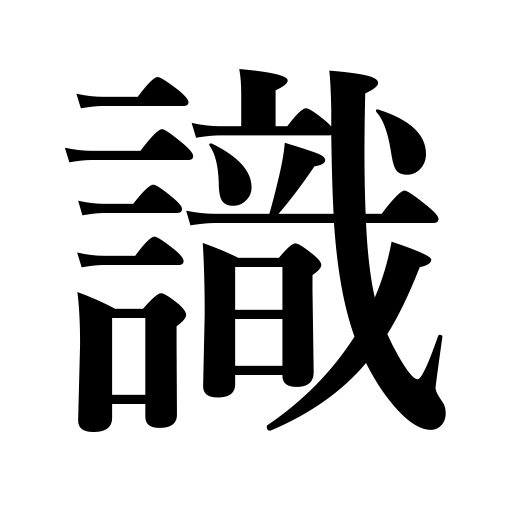
Meanings: discriminate,know,write